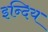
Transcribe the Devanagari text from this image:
इन्दिय